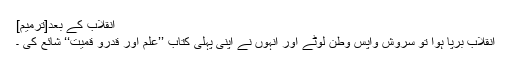
انقلاب کے بعد[ترمیم]
انقلاب برپا ہوا تو سروش واپس وطن لوٹے اور انہوں نے اپنی پہلی کتاب ’’علم اور قدرو قمیت‘‘ شائع کی ۔